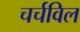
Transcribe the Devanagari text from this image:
चर्चविल